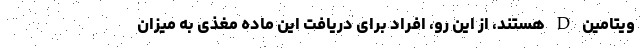
ویتامین D هستند، از این رو، افراد برای دریافت این ماده مغذی به میزان